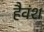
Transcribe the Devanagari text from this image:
हैवंश